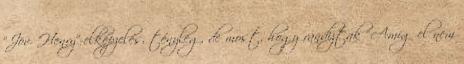
“JövőHenry”-elképzelés, tényleg, de most, hogy randiztak “Amíg el nem